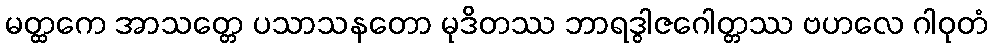
မတ္ထကေ အာသတ္တေ ပသာသနတော မုဒိတဿ ဘာရဒွါဇဂေါတ္တဿ ဗဟလေ ဂါဝုတံ